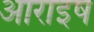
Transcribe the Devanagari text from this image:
आराइष